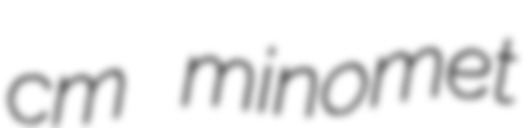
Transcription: cm minomet